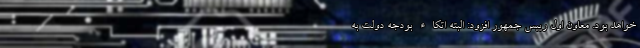
خواهد بود. معاون اول رییس جمهور افزود: البته اتکاء بودجه دولت به